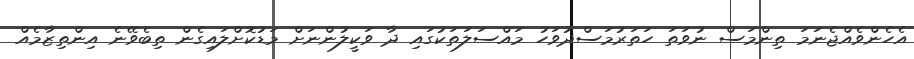
އެހެންވެއްޖެނަމަ ތިންމަސް ނުވަތަ ހަތަރުމަސްދުވަހު މައްސަލަތަކުގައި ދާ ވަކީލުންނަށް މަޑުކޮށްލައިގެން ތިބެވޭނެ އިންތިޒާމެއް